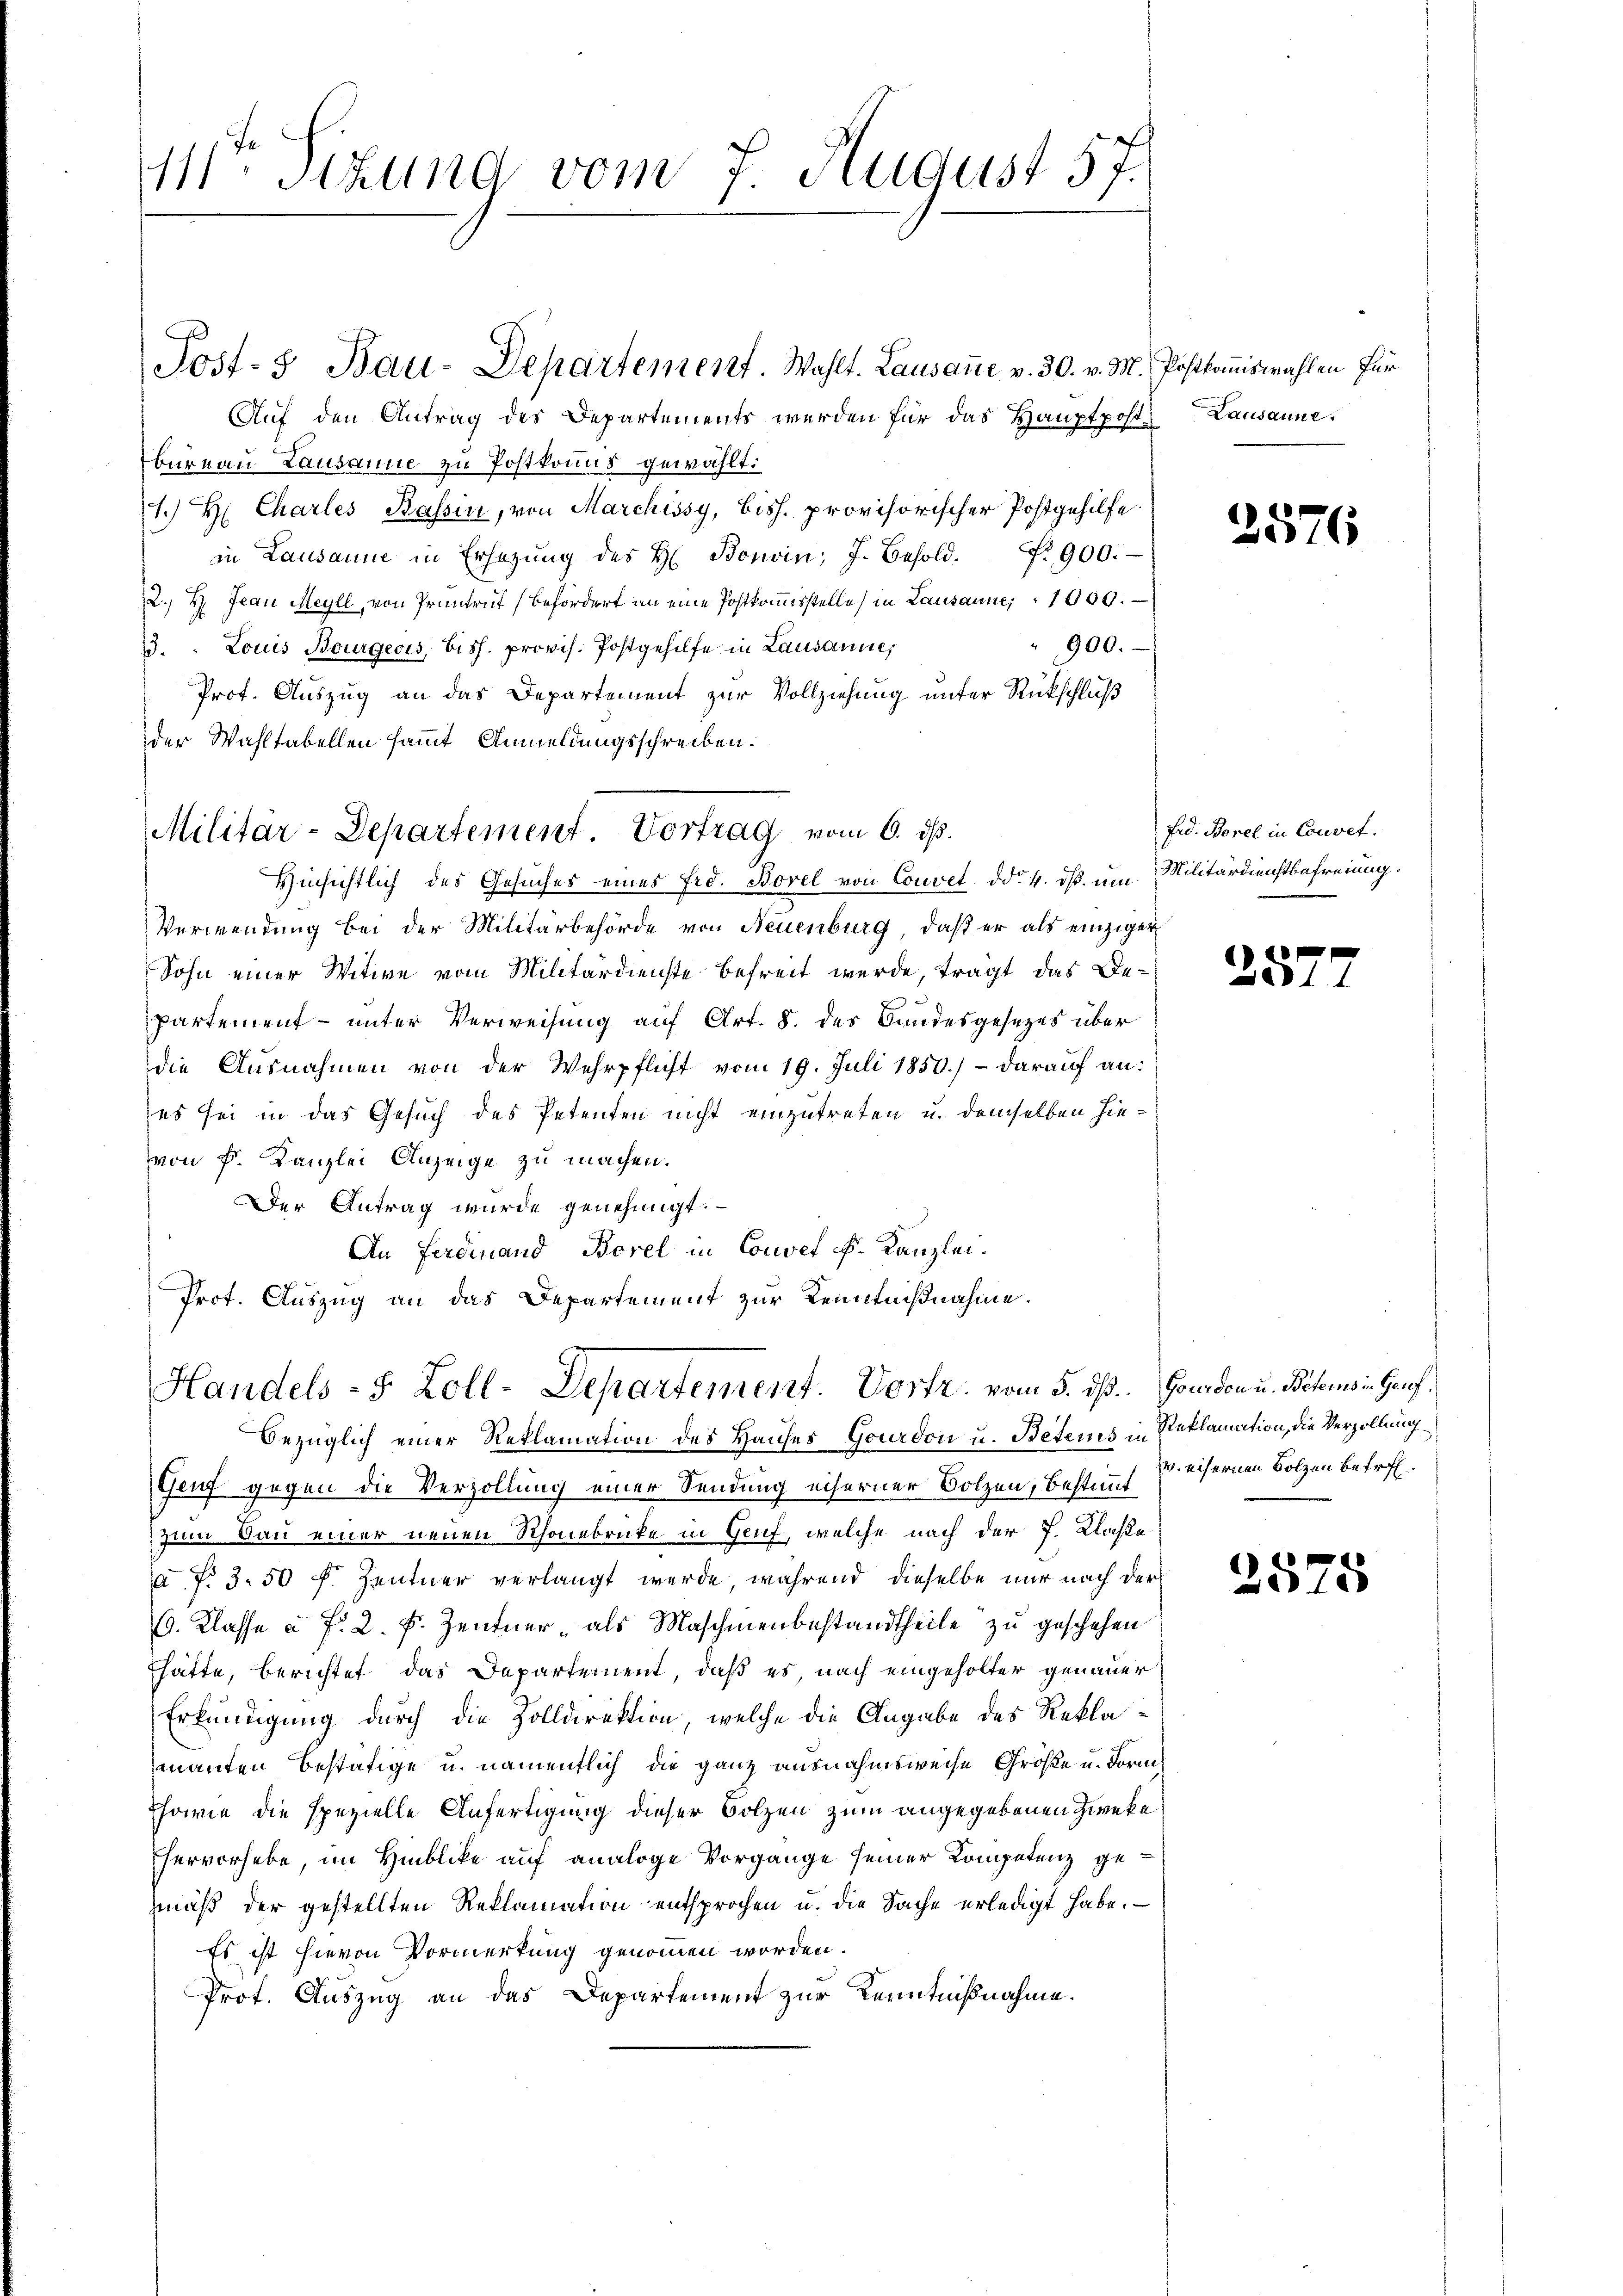
111 Stzung vom 7. August 57.

Auf den Antrag des Departements werden für das Hauptposte
bureau Lausanne zu Postkonus gewählt:
1.) Hr. Charles Kassin, von Marchissy, bish. provisorischer Postgehilfe.
in Lausanne in Erhöhŭng des H. Bonvin; J. Besold. N. 900.
12., H. Jean Meyll, von Pruntrut befördert an eine Postkommisstelle in Lausanne, 1000.
900.
13. Louis Bourgeois, biss. provis. Postgehilfe in Lausanne,
Prof. Auszug an das Departement zur Vollziehung unter Rückschluß
der Wahltabellen sammt Anmeldungsschreiben.
Hinsichtlich des Gesuches eines Fid. Borel von Couvet ddo. 4. ds. um
Verwendung bei der Militärbehörde von Neuenburg, daß er als einziger
Sohn einer Witwe vom Militärdienste befreit wurde, trägt das Bepartement - unter Verweisung auf Art. 8. des Bandesgesezes über
die Ausnahmen von der Wehrpflicht vom 19. Juli 1850.) - darauf an:
es sei in das Gesuch des Petenten nicht einzutreten u. demselben hievon k. Kanzlei Anzeige zu machen.
Der Antrag wurde genehmigt.
An Ferdinand Borel in Couvel F. Kanzlei.
Prot. Auszug an das Departement zur Kenntnißnahme.
Handels- 5 Zoll-Departement. Vortr. vom 5. ds. Goudon u. Beters in Gauf¬

Post- & Bau-Departement. Wahlt. Lausanne v. 30. v. M.

Militär-Departement. Vortrag vom 6. ds.

Postkommiswahlen für
Lausanne.

bezüglich einer Reklamation des Hauses Gourdon u. Betens in Reklamation, die Verzöllung
Genf gegen die Verzollung einer Sendung eiferner Bolzen, Bestimt zu essernen Bolzen betrefzum Bau einer neuen Schönenbrücke in Genf, welche nach der J. Claße
a. f. 3. 50 f. Zentner verlangt werde, während dieselbe nur nach der
(. Klasse à f. 2. F. Zentner, als Maschinenbestandtheile zu geschehen
Ehätte, berichtet das Departement, daß es, nach eingeholter genauer
Erkundigung durch die Zolldirektion, welche die Angabe des Reklamanten bestätige u. namentlich die ganz ausnahmsweise Größe u. Form
Esowie die spezielle Anfertigung dieser Bolzen zum angegebenen Zweke
hervorhebe, im Hinblicke auf analoge Vorgange seiner Kompetenz gemäß der gestellten Reklamation entsprochen u. die Sache erledigt habe.
Es ist hievon Vormerkung genommen worden.
Prot. Auszug an das Departement zur Kenntnißnahme.

2576.

Frd. Borel in Couvet.
Militärdienstbefreiung.

1

2575